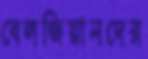
বেলজিয়ানদের